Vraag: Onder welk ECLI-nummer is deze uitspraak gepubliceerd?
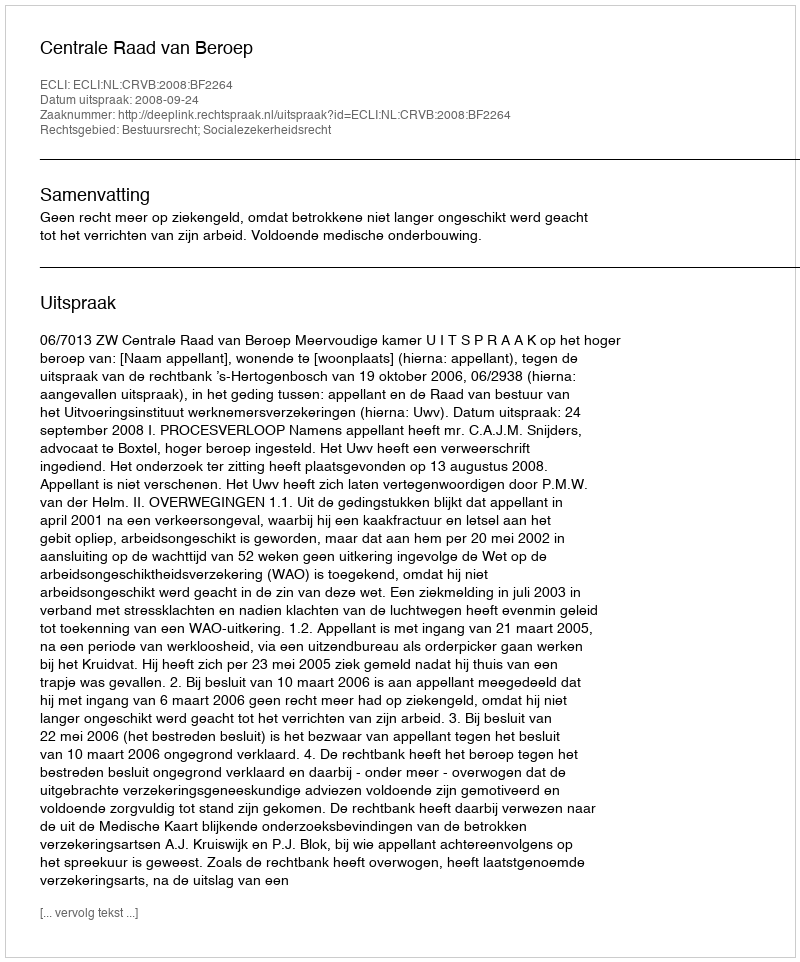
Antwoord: ECLI:NL:CRVB:2008:BF2264